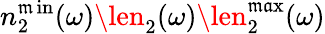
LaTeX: n_{2}^{\operatorname*{\mathfrak{m}in}}(\omega)\len_{2}(\omega)\len_{2}^{\operatorname*{\mathfrak{m}\mathfrak{a}x}}(\omega)